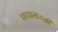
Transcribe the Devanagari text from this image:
पप्पाराज्ज़ी